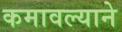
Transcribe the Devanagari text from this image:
कमावल्याने